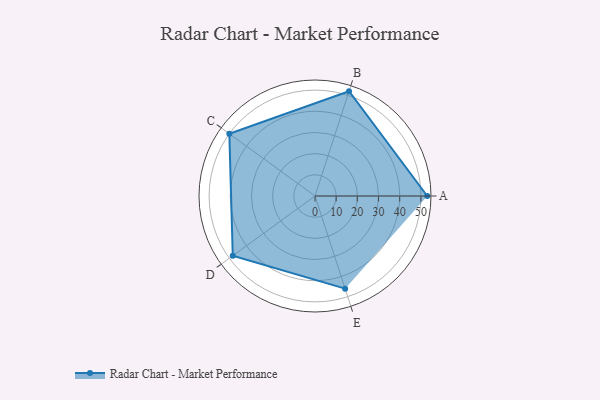
{"axis": {"x": "Skill", "y": "Score"}, "legend": ["Profile"], "data": [{"x": "A", "y": 53.0, "type": "Profile"}, {"x": "B", "y": 52.0, "type": "Profile"}, {"x": "C", "y": 50.0, "type": "Profile"}, {"x": "D", "y": 48.0, "type": "Profile"}, {"x": "E", "y": 46.0, "type": "Profile"}]}